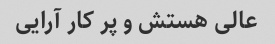
عالی هستش و پر کار آرایی